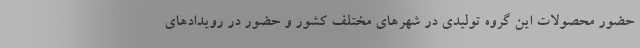
حضور محصولات این گروه تولیدی در شهرهای مختلف کشور و حضور در رویدادهای